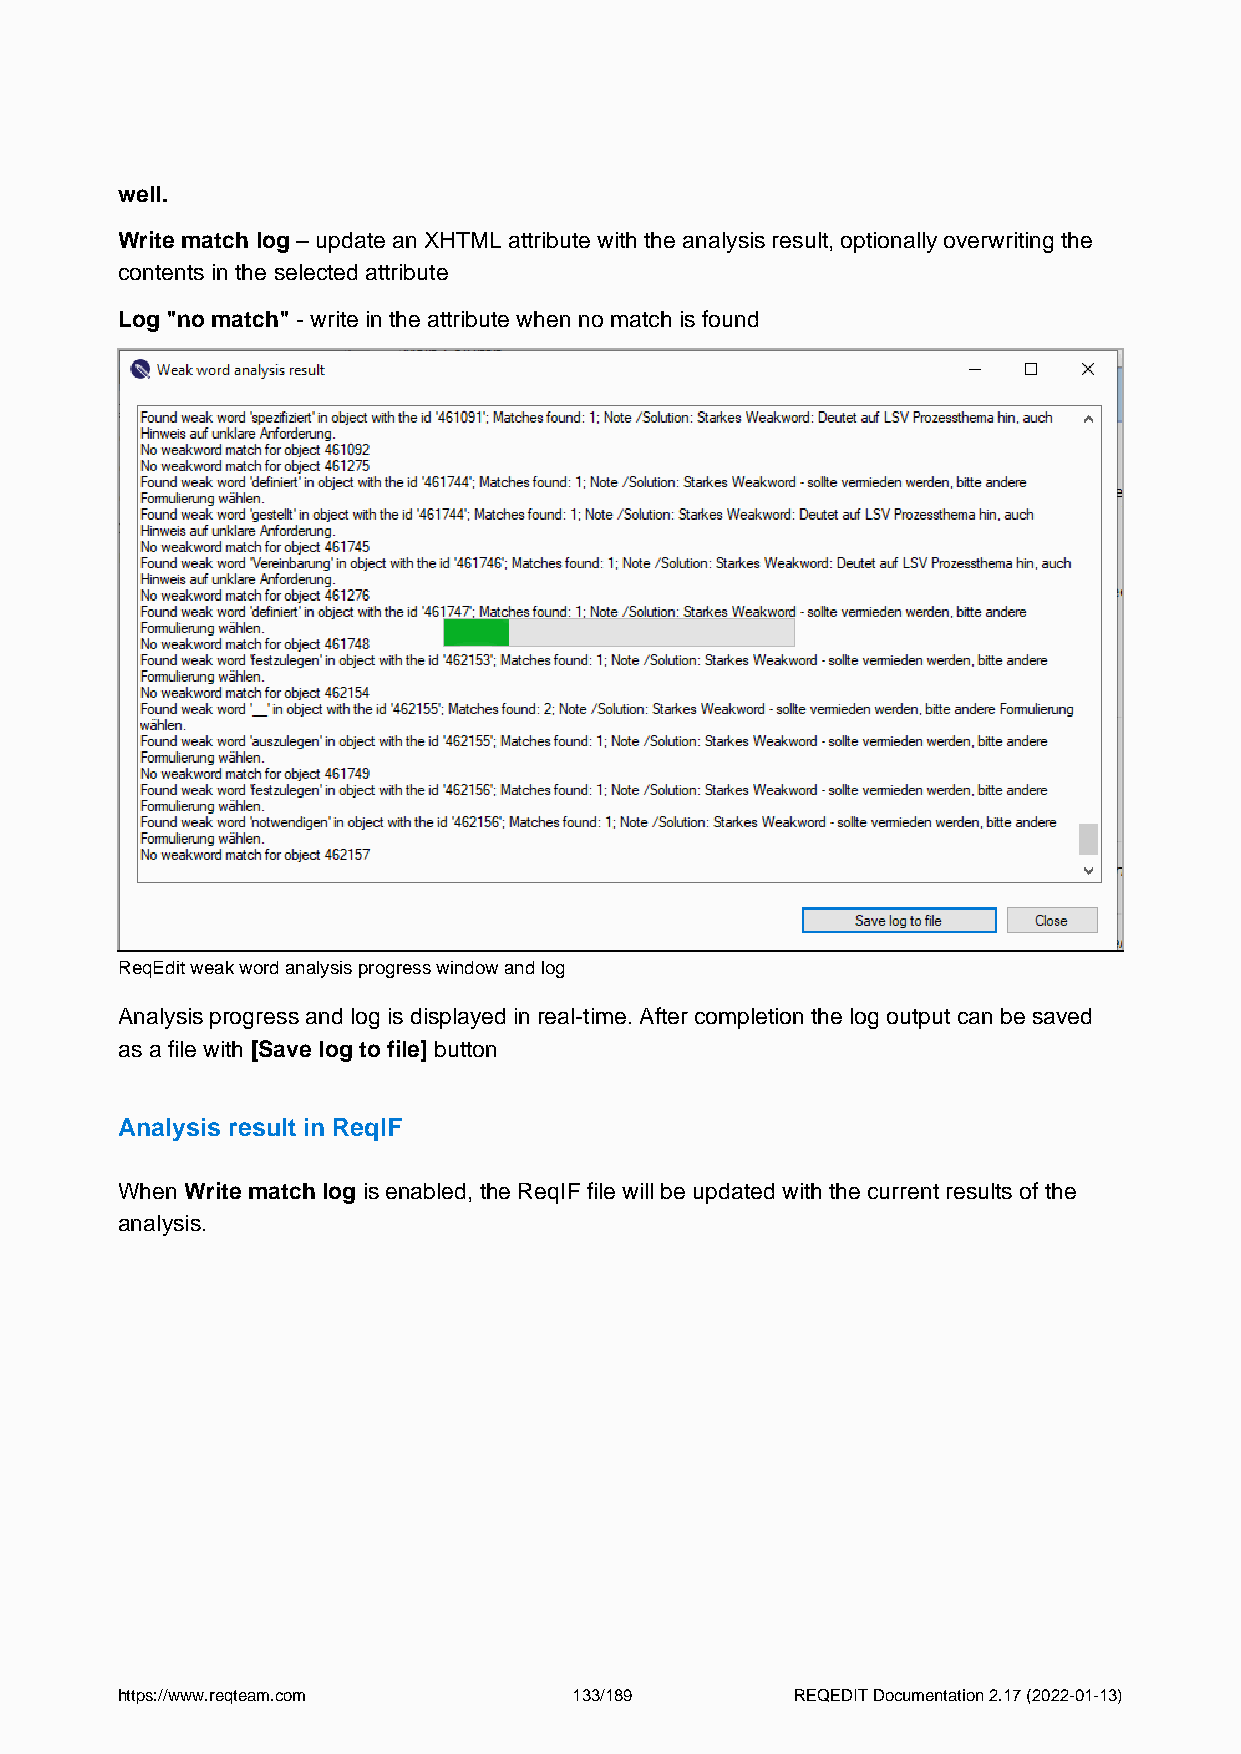
well.
 Write match log – update an XHTML attribute with the analysis result, optionally overwriting the
 contents in the selected attribute
 Log "no match" - write in the attribute when no match is found
 ReqEdit weak word analysis progress window and log
 Analysis progress and log is displayed in real-time. After completion the log output can be saved
 as a file with [Save log to file] button
 Analysis result in ReqIF
 When Write match log is enabled, the ReqIF file will be updated with the current results of the
 analysis.
 https://www.reqteam.com       133/189        REQEDIT Documentation 2.17 (2022-01-13)